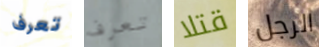
تعرف تعرف قتلا الرجل